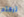
تركتم